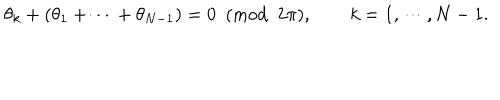
\theta _ { k } + ( \theta _ { 1 } + \cdots + \theta _ { N - 1 } ) = 0 ~ ~ ( \mathrm { m o d } ~ ~ 2 \pi ) , \qquad k = 1 , \cdots , N - 1 .